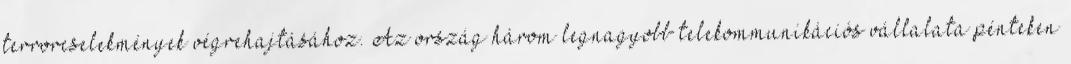
terrorcselekmények végrehajtásához. Az ország három legnagyobb telekommunikációs vállalata pénteken